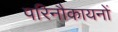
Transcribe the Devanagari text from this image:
परिनौकायनों